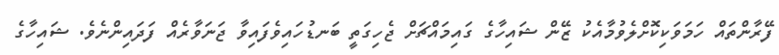
ފޭރާންތައް ހަމަވަކިކޮށްލެވުމާއެކު ޒޭން ޝަައިހާގެ ގައިމައްޗަށް ޖެހިގަތީ ބަނޑުހައިވެފައިވާ ޖަނަވާރެއް ފަދައިންނެވެ. ޝަައިހާގެ